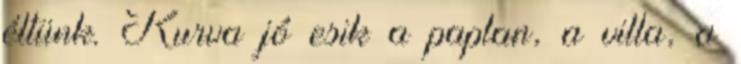
éltünk. Kurva jó esik a paplan, a villa, a